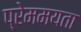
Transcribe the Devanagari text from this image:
प्रेममयता